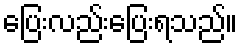
ပြေးလည်းပြေးရသည်။